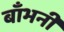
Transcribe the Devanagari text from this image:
बाँभनी